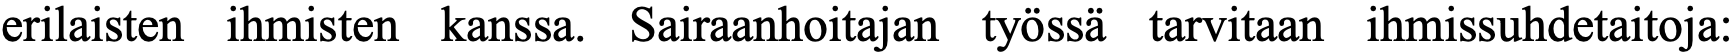
erilaisten ihmisten kanssa. Sairaanhoitajan työssä tarvitaan ihmissuhdetaitoja: